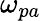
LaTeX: \omega_{pa}